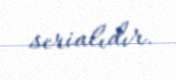
serialıdır.